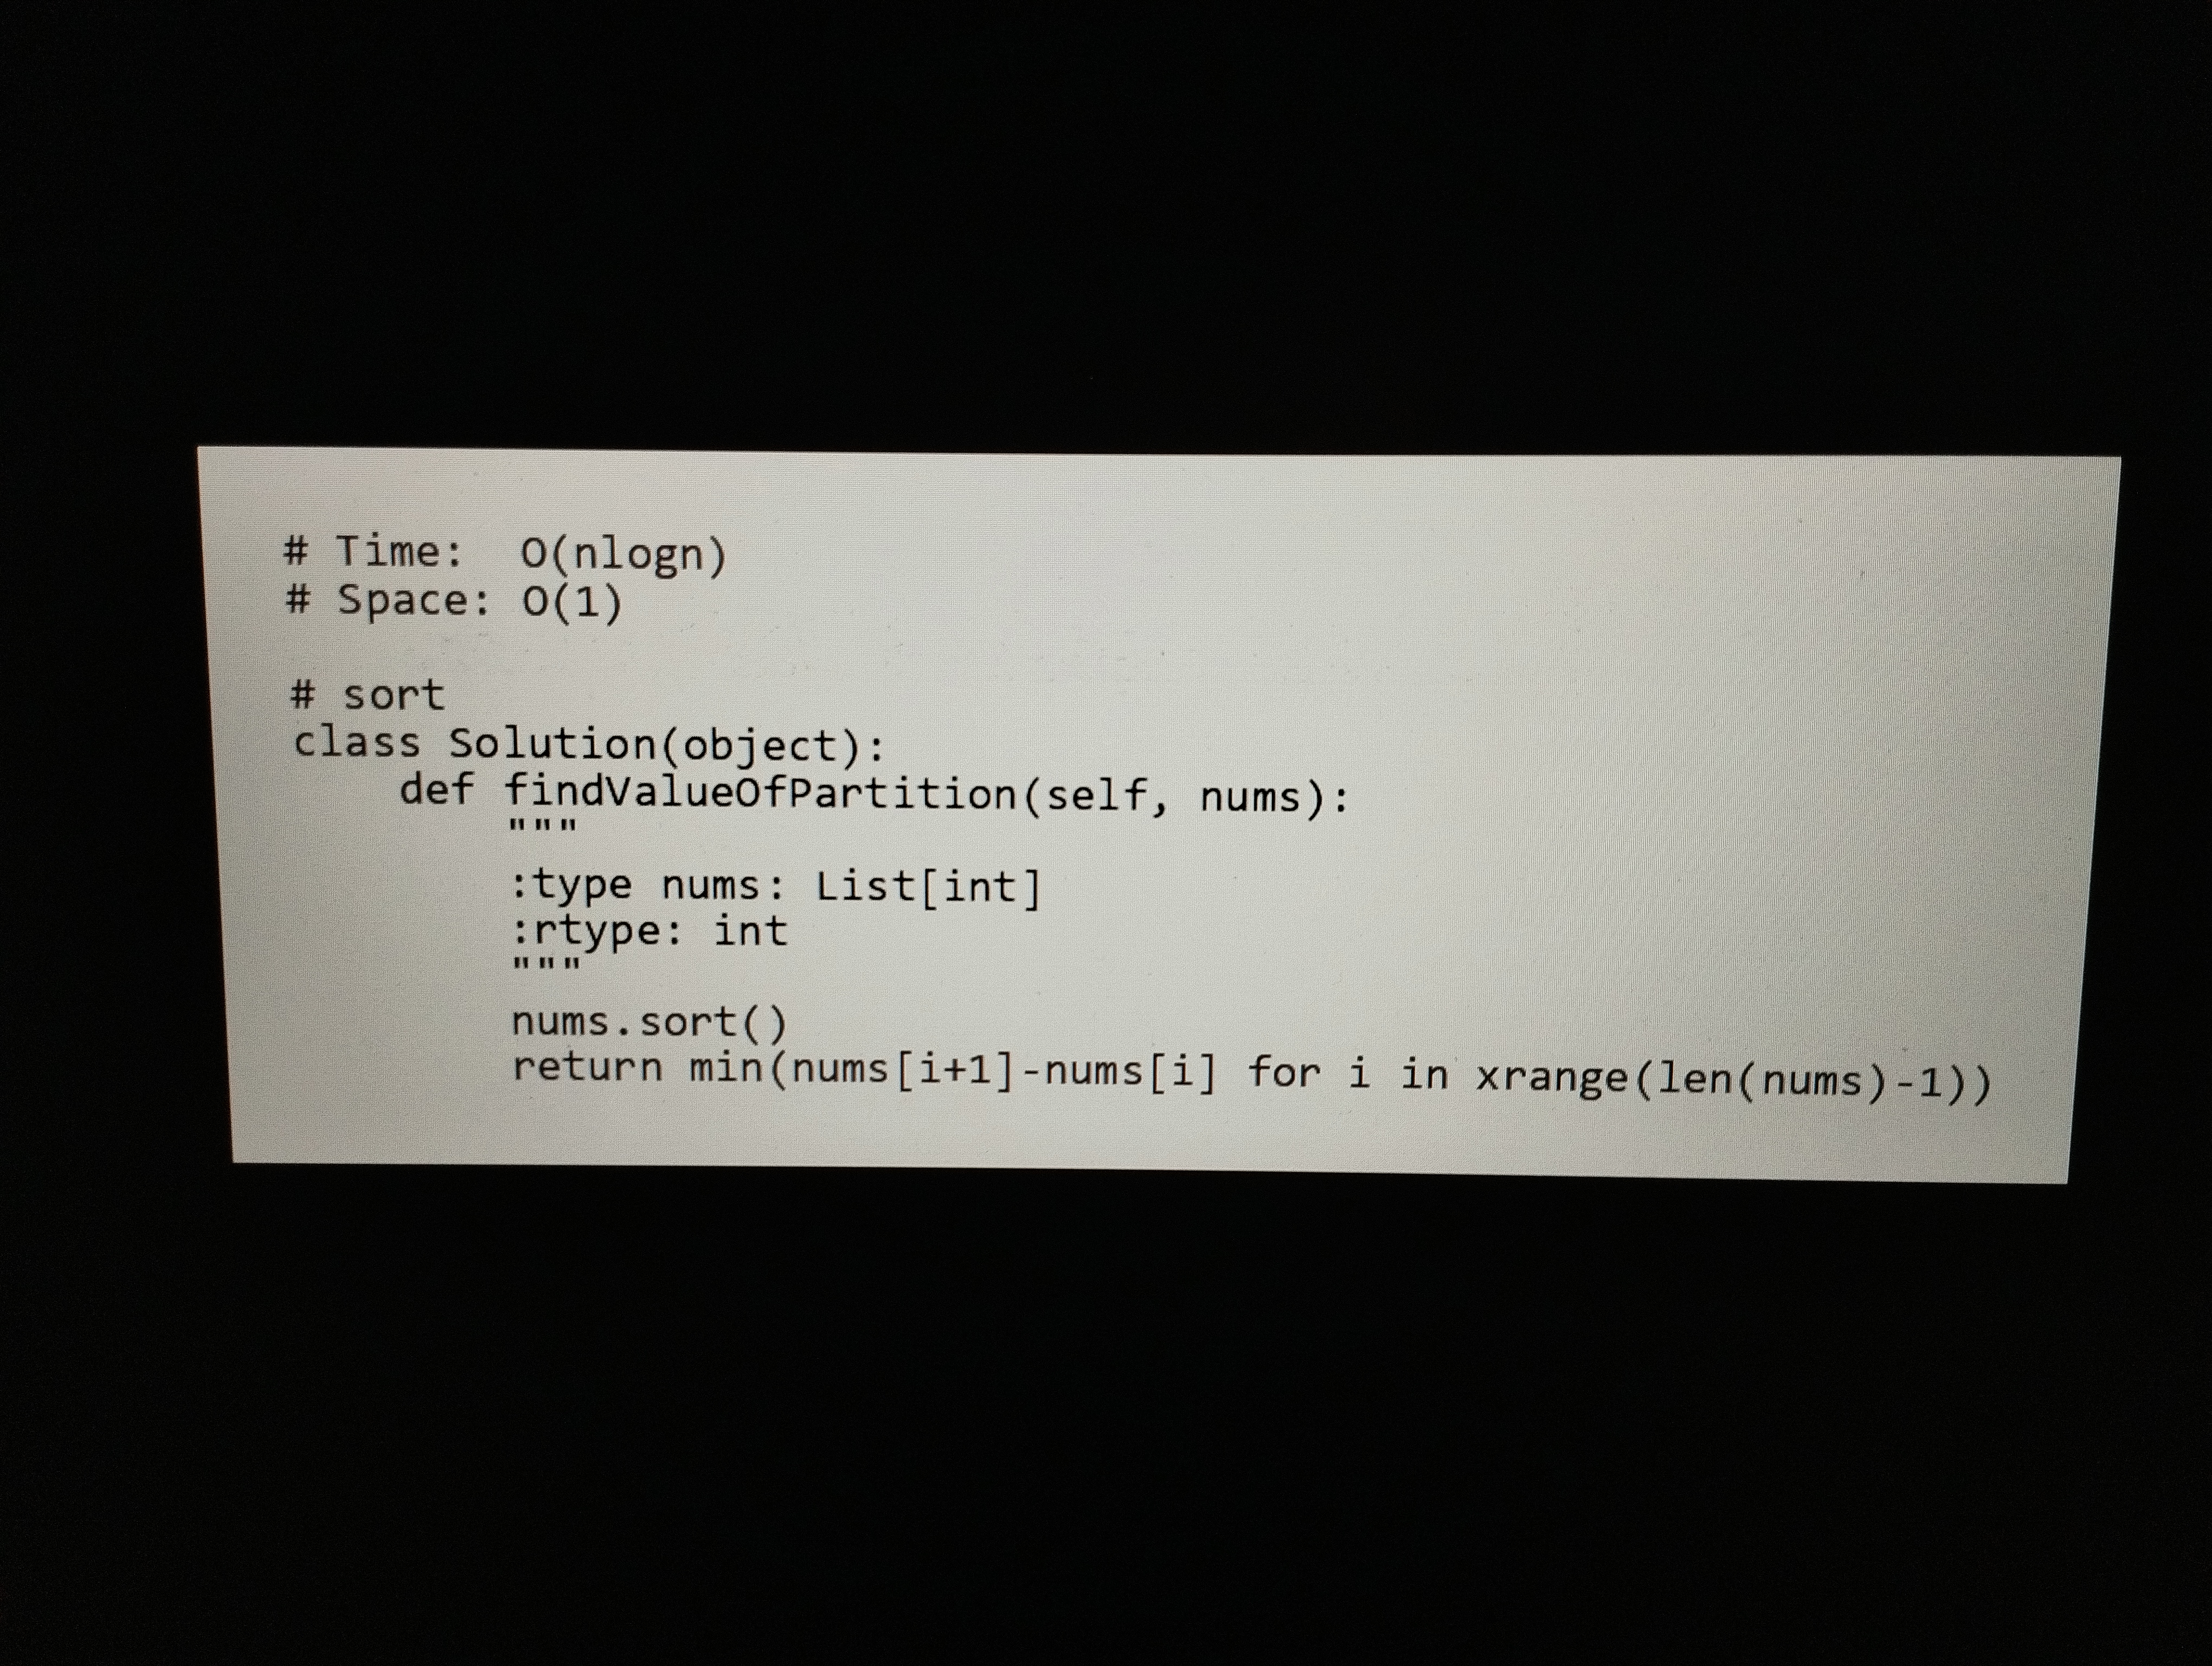
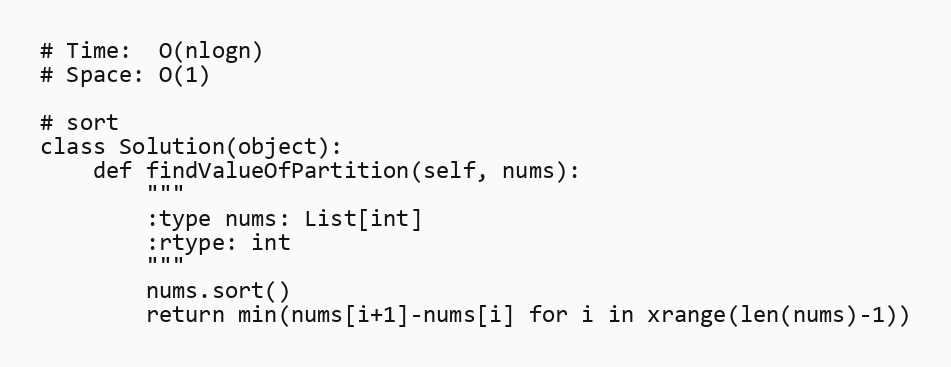
# Time:  O(nlogn)
# Space: O(1)

# sort
class Solution(object):
    def findValueOfPartition(self, nums):
        """
        :type nums: List[int]
        :rtype: int
        """
        nums.sort()
        return min(nums[i+1]-nums[i] for i in xrange(len(nums)-1))